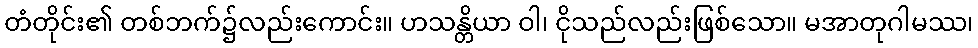
တံတိုင်း၏ တစ်ဘက်၌လည်းကောင်း။ ဟသန္တိယာ ဝါ၊ ငိုသည်လည်းဖြစ်သော။ မအာတုဂါမဿ၊